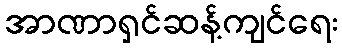
အာဏာရှင်ဆန့်ကျင်ရေး